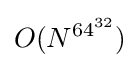
O(N^{64^{32}})